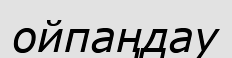
ойпаңдау